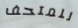
للمتحف